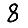
Digit: 8